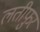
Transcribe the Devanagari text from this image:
लतीफुर